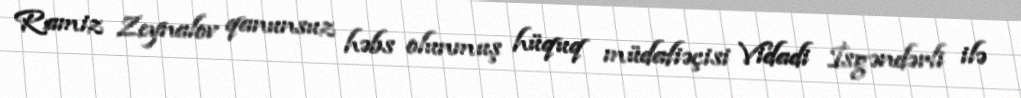
Ramiz Zeynalov qanunsuz həbs olunmuş hüquq müdafiəçisi Vidadi İsgəndərli ilə